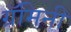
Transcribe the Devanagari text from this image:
ग्रॅमिनी